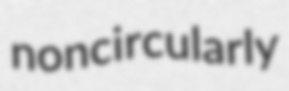
noncircularly